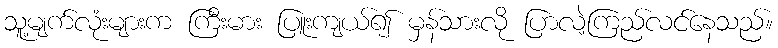
သူ့မျက်လုံးများက ကြီးမား ပြူးကျယ်၍ မှန်သားလို ပြာလဲ့ကြည်လင်နေသည်။